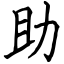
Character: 助